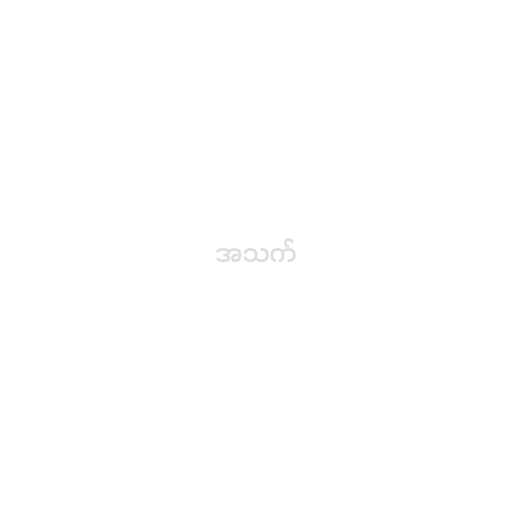
အသက်